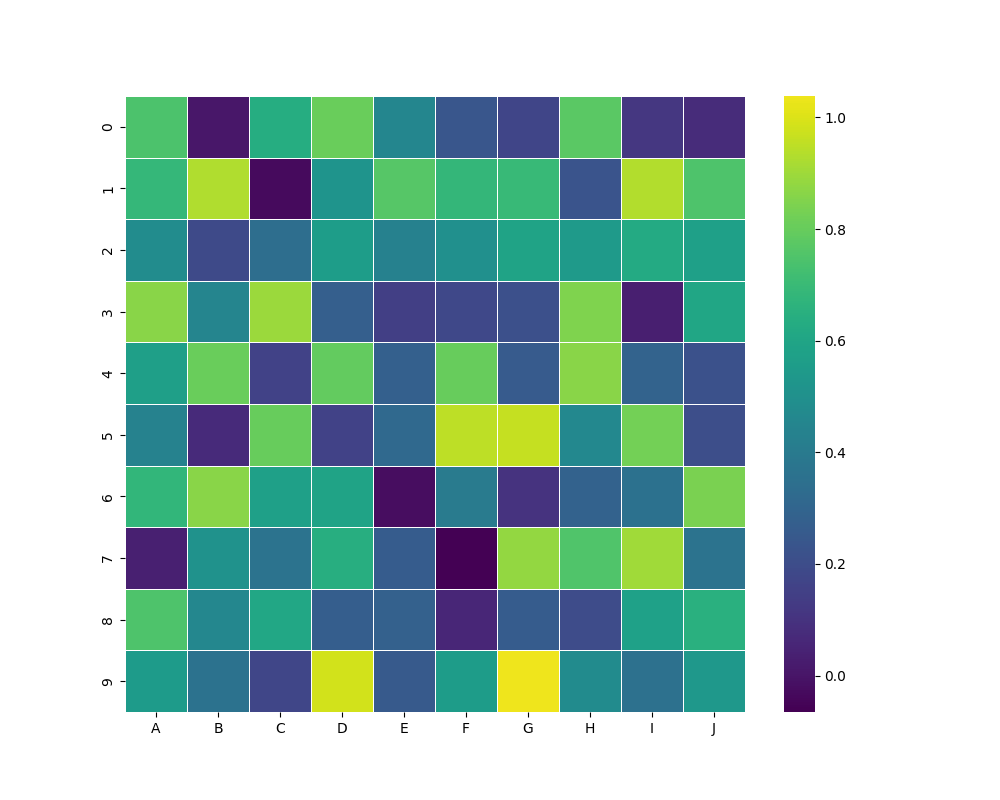
python, seaborn, heatmap, cmap='viridis', linewidths=0.5, center=0.5